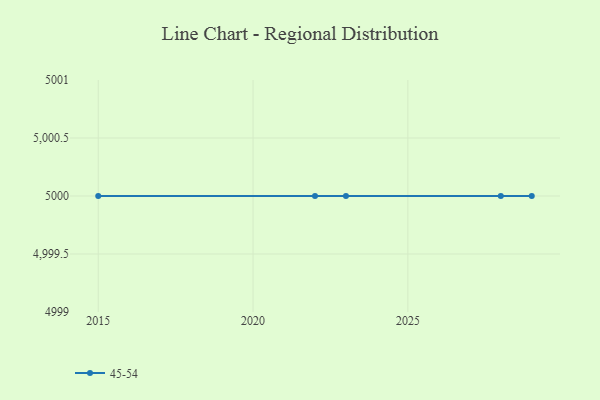
{"axis": {"x": "Year", "y": "Gross Profit (USD K)"}, "legend": ["45-54"], "data": [{"x": "2029", "y": 5000, "type": "45-54"}, {"x": "2015", "y": 5000, "type": "45-54"}, {"x": "2022", "y": 5000, "type": "45-54"}, {"x": "2028", "y": 5000, "type": "45-54"}, {"x": "2023", "y": 5000, "type": "45-54"}]}